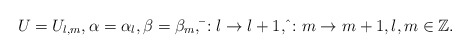
\begin{align*} U=U_{l,m}, \alpha=\alpha_l, \beta=\beta_m, \bar{ }:l\to l+1, \hat{ }:m\to m+1, l,m\in\mathbb{Z}.\end{align*}